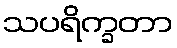
သပရိက္ခတာ